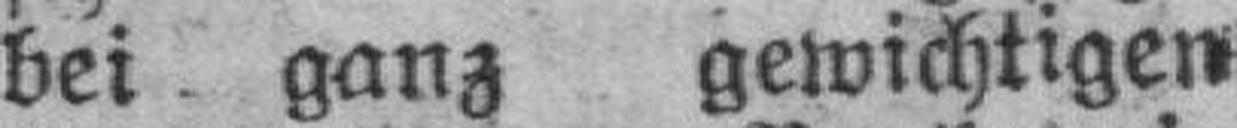
bei ganz gewichtigen